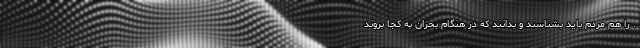
. را هم مردم باید بشناسند و بدانند که در هنگام بحران به کجا بروند